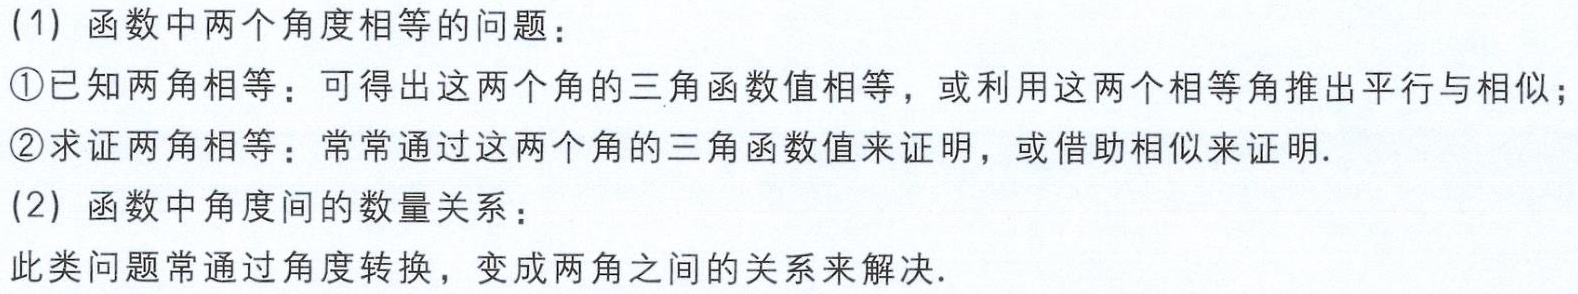
(1) 函数中两个角度相等的问题：

\textcircled{1}已知两角相等：可得出这两个角的三角函数值相等，或利用这两个相等角推出平行与相似；

\textcircled{2}求证两角相等：常常通过这两个角的三角函数值来证明，或借助相似来证明.

(2) 函数中角度间的数量关系：

此类问题常通过角度转换，变成两角之间的关系来解决.